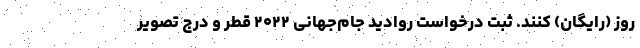
روز (رایگان) کنند. ثبت درخواست روادید جام‌جهانی ۲۰۲۲ قطر و درج تصویر